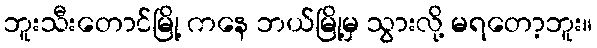
ဘူးသီးတောင်မြို့ ကနေ ဘယ်မြို့မှ သွားလို့ မရတော့ဘူး။